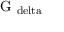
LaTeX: \mathrm { G _ { \ d e l t a } }